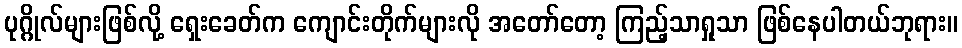
ပုဂ္ဂိုလ်များဖြစ်လို့ ရှေးခေတ်က ကျောင်းတိုက်များလို အတော်တော့ ကြည့်သာရှုသာ ဖြစ်နေပါတယ်ဘုရား။